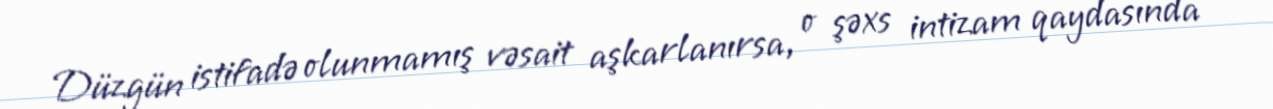
Düzgün istifadə olunmamış vəsait aşkarlanırsa, o şəxs intizam qaydasında